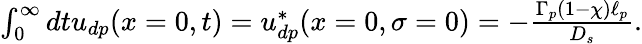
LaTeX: \begin{array}{r}{\int_{0}^{\infty}dtu_{dp}(x=0,t)=u_{dp}^{\ast}(x=0,\sigma=0)=-\frac{\Gamma_{p}(1-\chi)\ell_{p}}{D_{s}}.}\end{array}